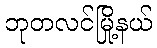
ဘုတလင်မြို့နယ်